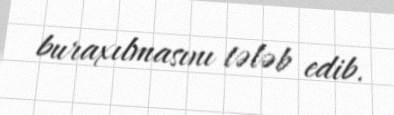
buraxılmasını tələb edib.